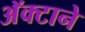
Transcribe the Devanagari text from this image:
अॅक्टाने